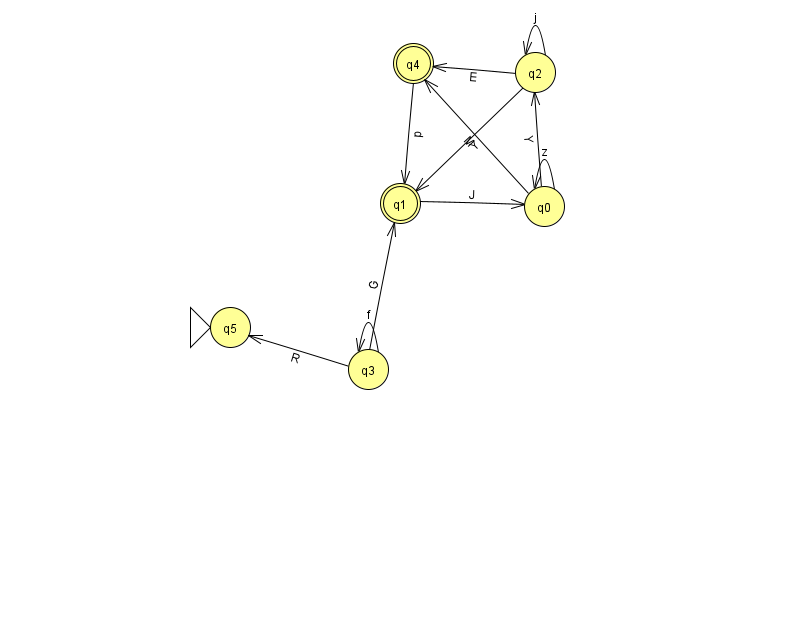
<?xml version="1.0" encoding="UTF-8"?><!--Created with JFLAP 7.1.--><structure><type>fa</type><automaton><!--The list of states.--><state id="0" name="q0"><x>544.0</x><y>193.0</y></state><state id="1" name="q1"><x>400.0</x><y>190.0</y><final/></state><state id="2" name="q2"><x>535.0</x><y>59.0</y></state><state id="3" name="q3"><x>368.0</x><y>356.0</y></state><state id="4" name="q4"><x>413.0</x><y>50.0</y><final/></state><state id="5" name="q5"><x>230.0</x><y>314.0</y><initial/></state><!--The list of transitions.--><transition><from>3</from><to>1</to><read>G</read></transition><transition><from>1</from><to>0</to><read>J</read></transition><transition><from>3</from><to>3</to><read>f</read></transition><transition><from>0</from><to>2</to><read>Y</read></transition><transition><from>0</from><to>4</to><read>M</read></transition><transition><from>2</from><to>1</to><read>Y</read></transition><transition><from>0</from><to>0</to><read>z</read></transition><transition><from>2</from><to>2</to><read>j</read></transition><transition><from>4</from><to>1</to><read>p</read></transition><transition><from>2</from><to>4</to><read>E</read></transition><transition><from>3</from><to>5</to><read>R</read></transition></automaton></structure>